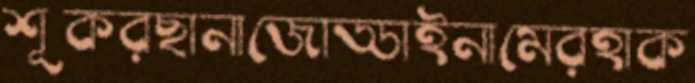
শূকরছানাজোড্ডাইনামেরহাক